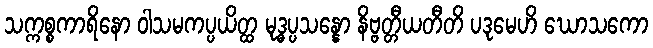
သက္ကစ္စကာရိနော ဝါသမကပ္ပယိတ္ထ မုဒ္ဓပ္ပသန္နော နိဗ္ဗတ္တီယတီတိ ပဒုမေဟိ ဃောသကော